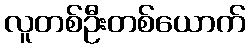
လူတစ်ဦးတစ်ယောက်